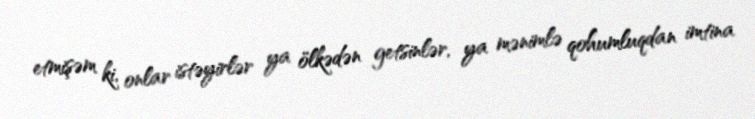
etmişəm ki, onlar istəyirlər ya ölkədən getsinlər, ya mənimlə qohumluqdan imtina